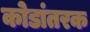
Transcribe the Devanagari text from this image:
कोडांतरक